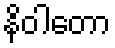
နိဝါတော